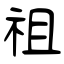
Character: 祖